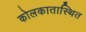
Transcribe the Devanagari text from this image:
कोलकातास्थित